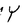
Character: Y